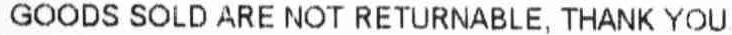
GOODS SOLD ARE NOT RETURNABLE, THANK YOU.